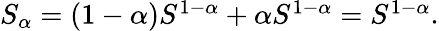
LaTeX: \begin{array}{r}{S_{\alpha}=(1-\alpha)S^{1-\alpha}+\alpha S^{1-\alpha}=S^{1-\alpha}.}\end{array}